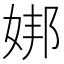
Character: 𪥶